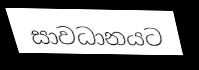
සාවධානයට